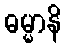
ဓမ္မာနိ